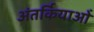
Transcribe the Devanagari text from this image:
अंतर्कियाओं